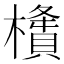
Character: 㯯